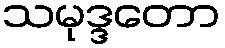
သမုဒ္ဒတော